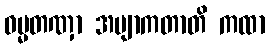
ဓမ္မတဏှာ အဗျာကတာတိ ကထာ